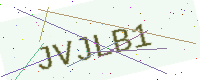
Text: JVJLB1